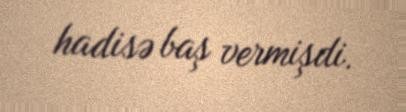
hadisə baş vermişdi.